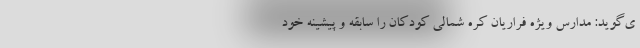
ی‌گوید: مدارس ویژه فراریان کره شمالی کودکان را سابقه و پیشینه خود